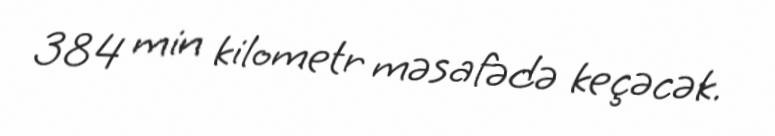
384 min kilometr məsafədə keçəcək.